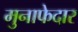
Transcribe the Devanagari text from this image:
मुनाफेदार